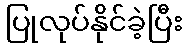
ပြုလုပ်နိုင်ခဲ့ပြီး